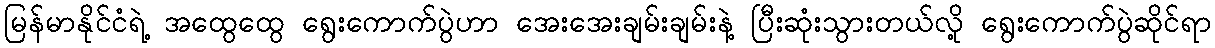
မြန်မာနိုင်ငံရဲ့ အထွေထွေ ရွေးကောက်ပွဲဟာ အေးအေးချမ်းချမ်းနဲ့ ပြီးဆုံးသွားတယ်လို့ ရွေးကောက်ပွဲဆိုင်ရာ